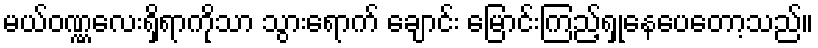
မယ်ဝဏ္ဏလေးရှိရာကိုသာ သွားရောက် ချောင်း မြောင်းကြည့်ရှုနေပေတော့သည်။